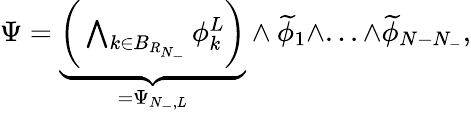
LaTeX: \begin{array}{r}{\Psi=\underbrace{\biggr(\bigwedge_{k\in B_{R_{N_{-}}}}\phi_{k}^{L}\biggr)}_{=\Psi_{N_{-},L}}\wedge\widetilde{\phi}_{1}\wedge...\wedge\widetilde{\phi}_{N-N_{-}},}\end{array}